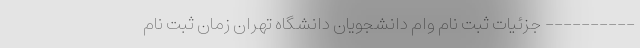
---------- جزئیات ثبت نام وام دانشجویان دانشگاه تهران زمان ثبت نام